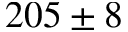
2 0 5 \pm 8